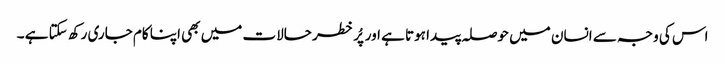
اس کی وجہ سے انسان میں حوصلہ پیدا ہوتا ہے اور پُر خطر حالات میں بھی اپنا کام جاری رکھ سکتا ہے ۔